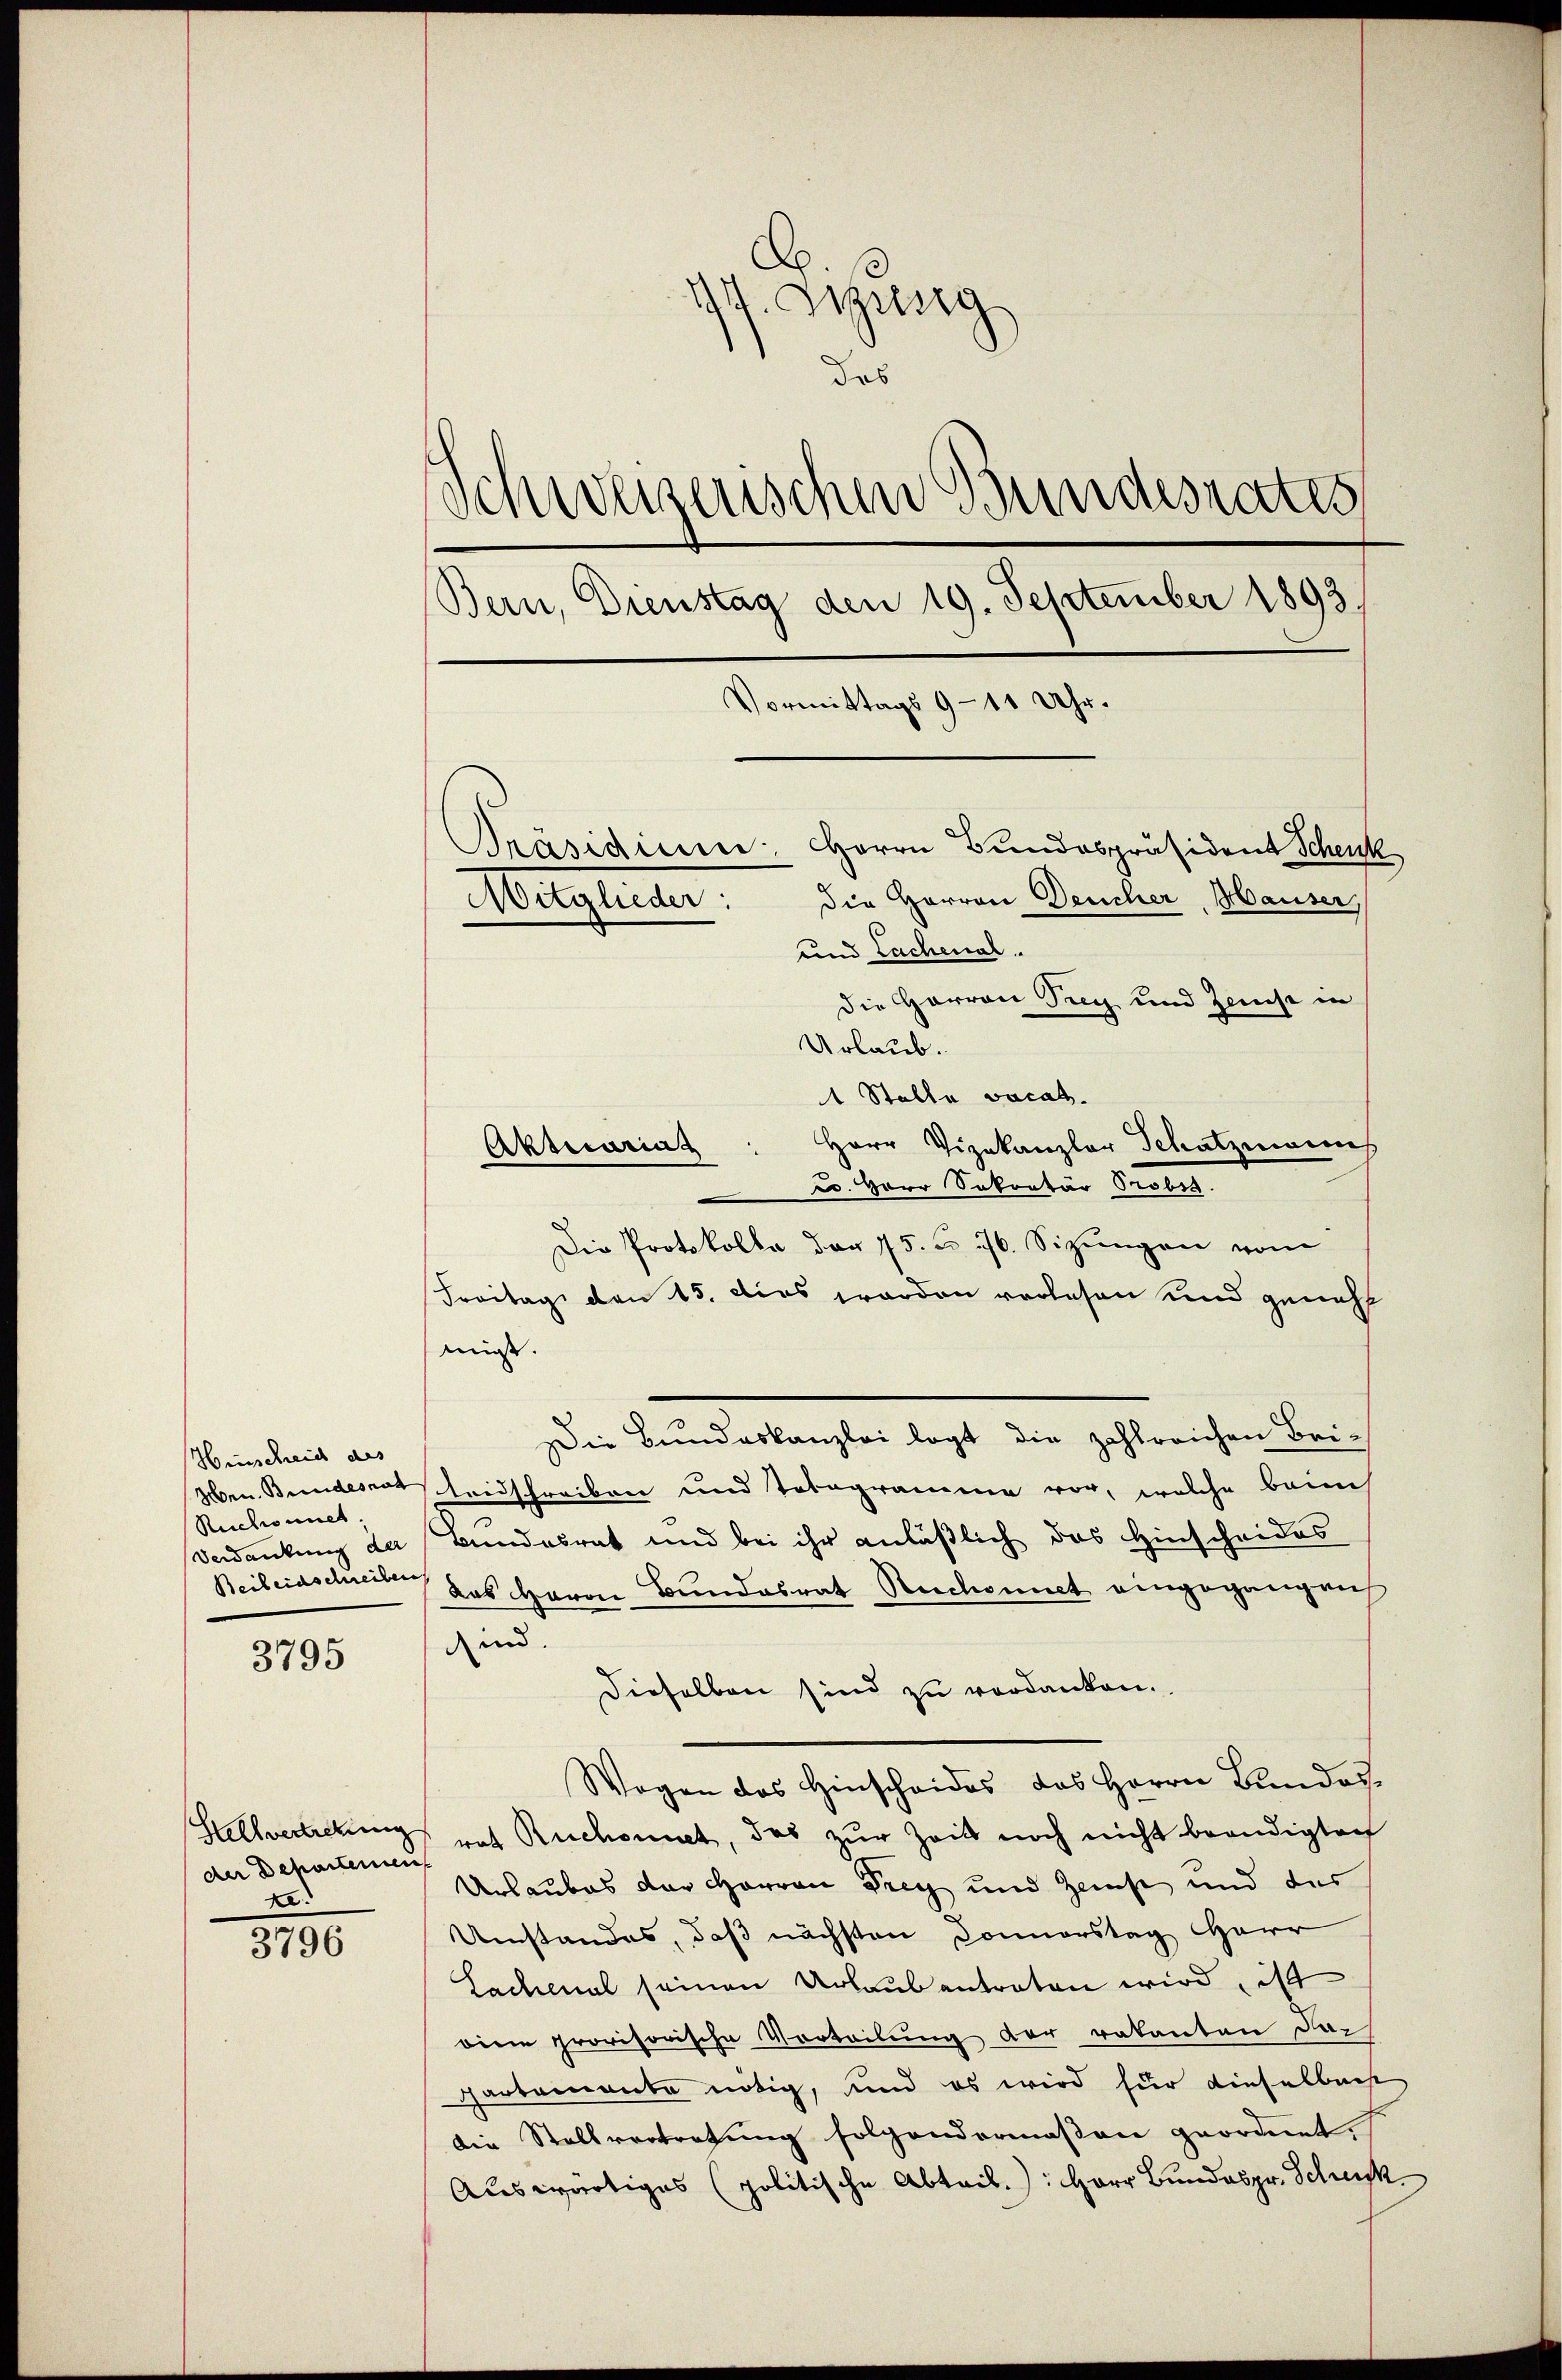
Hinscheid des
Ruchonnet
Verdankung der
Beileidschreiben

3795

der Departemen
.

3796

14. Ausg
das
Schweizerischen Bundesrates
Bern, Dienstag den 19. September 1893
Vormittags 9-11 Uhr.
Präsidium Herrn Bundespräsident Schenk
die Herren Deucher, Hauser,
Mitglieder:
und Lachenal.

die Harron Trey und Zinse in
Urlaub.
1 Stalla vacat.
Herr Vizekanzler Schatzmanns
u. Herr Sekretär Probes.
Die Protokolle der 75. u. ist. Sizungen vom
Freitag den 15. dies worden verlesen und geneh
muss.
Die Bundeskanzlei legt die zahlreichen Bei-
Men Bundesrat Leidschreiben und Totogramme vor, welche bann
Bundesrat und bei ihr anläßlich das Hinscheides
Das Herrn Bundesrat Ruchonnet eingegangen
dn.
dieselben sind zu verdanken.
Wogen des Hinscheides das Herrn Bundes
Stellvertretung rat Ruchonnet, das zur Zeit noch nicht beendigten
Urlaubes der Harren Drey und Zeicht und der
Umstandes, daß nächsten Donnerstag HHerr
Lachenal seinen Urlaub antraten wird, ist
diem provisorische Vorteilung der vakanton Dapartemente nötig, und es wird für dieselbacht
die Stellvertretung folgendermaßen geordnet
Auswärtiges (politische Abtrib.): Herr Bundespr. Scheink

Aktecariu